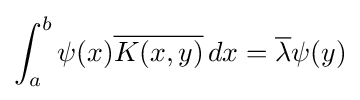
\int _{a}^{b}\psi (x){\overline {K(x,y)}}\,dx={\overline {\lambda }}\psi (y)